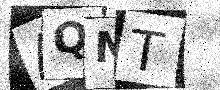
Text: AQNT